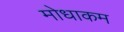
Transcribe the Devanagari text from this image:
मोधाकम